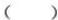
( )